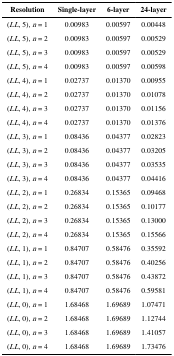
<table><thead><tr><td><b>Resolution</b></td><td><b>Single-layer</b></td><td><b>6-layer</b></td><td><b>24-layer</b></td></tr></thead><tbody><tr><td>(<i>LL</i>, 5), <i>n</i>= 1</td><td>0.00983</td><td>0.00597</td><td>0.00448</td></tr><tr><td>(<i>LL</i>, 5), <i>n</i>= 2</td><td>0.00983</td><td>0.00597</td><td>0.00529</td></tr><tr><td>(<i>LL</i>, 5), <i>n</i>= 3</td><td>0.00983</td><td>0.00597</td><td>0.00529</td></tr><tr><td>(<i>LL</i>, 5), <i>n</i>= 4</td><td>0.00983</td><td>0.00597</td><td>0.00598</td></tr><tr><td>(<i>LL</i>, 4), <i>n</i>= 1</td><td>0.02737</td><td>0.01370</td><td>0.00955</td></tr><tr><td>(<i>LL</i>, 4), <i>n</i>= 2</td><td>0.02737</td><td>0.01370</td><td>0.01078</td></tr><tr><td>(<i>LL</i>, 4), <i>n</i>= 3</td><td>0.02737</td><td>0.01370</td><td>0.01156</td></tr><tr><td>(<i>LL</i>, 4), <i>n</i>= 4</td><td>0.02737</td><td>0.01370</td><td>0.01376</td></tr><tr><td>(<i>LL</i>, 3), <i>n</i>= 1</td><td>0.08436</td><td>0.04377</td><td>0.02823</td></tr><tr><td>(<i>LL</i>, 3), <i>n</i>= 2</td><td>0.08436</td><td>0.04377</td><td>0.03205</td></tr><tr><td>(<i>LL</i>, 3), <i>n</i>= 3</td><td>0.08436</td><td>0.04377</td><td>0.03535</td></tr><tr><td>(<i>LL</i>, 3), <i>n</i>= 4</td><td>0.08436</td><td>0.04377</td><td>0.04416</td></tr><tr><td>(<i>LL</i>, 2), <i>n</i>= 1</td><td>0.26834</td><td>0.15365</td><td>0.09468</td></tr><tr><td>(<i>LL</i>, 2), <i>n</i>= 2</td><td>0.26834</td><td>0.15365</td><td>0.10177</td></tr><tr><td>(<i>LL</i>, 2), <i>n</i>= 3</td><td>0.26834</td><td>0.15365</td><td>0.13000</td></tr><tr><td>(<i>LL</i>, 2), <i>n</i>= 4</td><td>0.26834</td><td>0.15365</td><td>0.15566</td></tr><tr><td>(<i>LL</i>, 1), <i>n</i>= 1</td><td>0.84707</td><td>0.58476</td><td>0.35592</td></tr><tr><td>(<i>LL</i>, 1), <i>n</i>= 2</td><td>0.84707</td><td>0.58476</td><td>0.40256</td></tr><tr><td>(<i>LL</i>, 1), <i>n</i>= 3</td><td>0.84707</td><td>0.58476</td><td>0.43872</td></tr><tr><td>(<i>LL</i>, 1), <i>n</i>= 4</td><td>0.84707</td><td>0.58476</td><td>0.59581</td></tr><tr><td>(<i>LL</i>, 0), <i>n</i>= 1</td><td>1.68468</td><td>1.69689</td><td>1.07471</td></tr><tr><td>(<i>LL</i>, 0), <i>n</i>= 2</td><td>1.68468</td><td>1.69689</td><td>1.12744</td></tr><tr><td>(<i>LL</i>, 0), <i>n</i>= 3</td><td>1.68468</td><td>1.69689</td><td>1.41057</td></tr><tr><td>(<i>LL</i>, 0), <i>n</i>= 4</td><td>1.68468</td><td>1.69689</td><td>1.73476</td></tr></tbody></table>